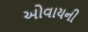
ઓવાયની